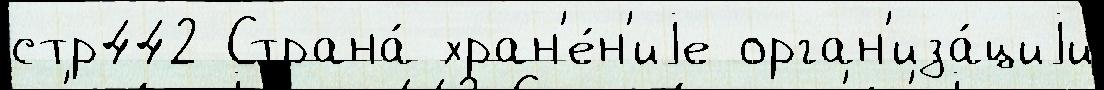
стр442 Страна́ хран'е́н'иjе орган'иза́циjи